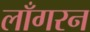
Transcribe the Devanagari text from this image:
लाँगरन